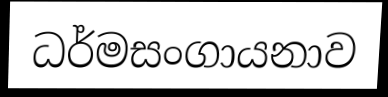
ධර්මසංගායනාව